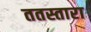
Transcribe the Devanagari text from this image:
ततस्तारा